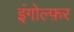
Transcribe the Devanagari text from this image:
इंगोल्फ़र